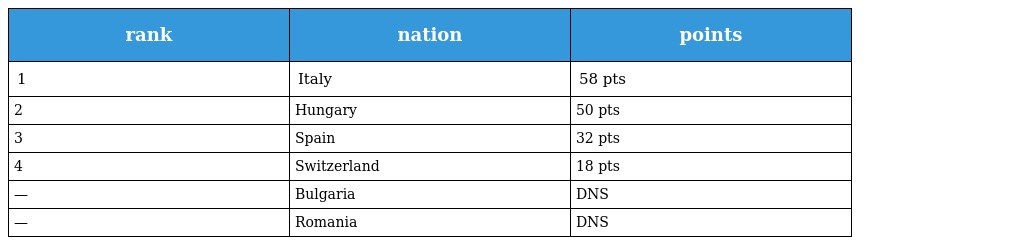
| rank | nation | points |
 | --- | --- | --- |
 | 1 | Italy | 58 pts |
 | 2 | Hungary | 50 pts |
 | 3 | Spain | 32 pts |
 | 4 | Switzerland | 18 pts |
 | — | Bulgaria | DNS |
 | — | Romania | DNS |